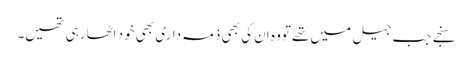
سنجے جب جیل میں تھے تووہ ان کی بھی ذمہ داری بھی خود اٹھارہی تھیں۔